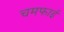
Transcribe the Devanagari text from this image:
चमफाई